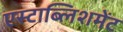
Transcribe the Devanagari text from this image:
एस्टाब्लिशमेंट